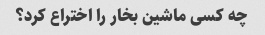
چه کسی ماشین بخار را اختراع کرد؟